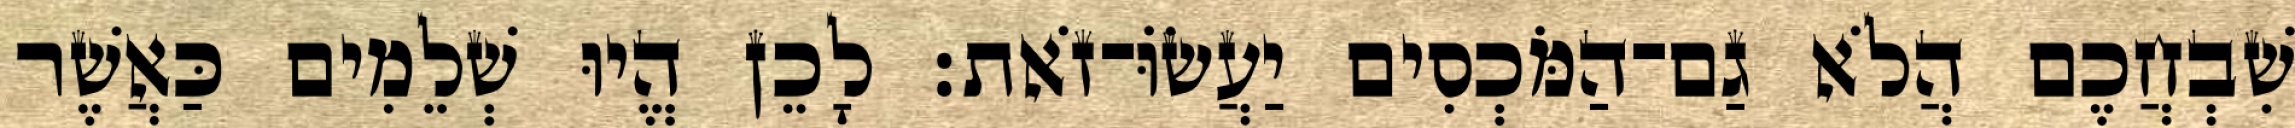
שִׁבְחֲכֶם הֲלֹא גַם־הַמֹּכְסִים יַעֲשׂוֹּ־זֹאת׃ לָכֵן הֱיוּ שְׁלֵמִים כַּאֲשֶׁר